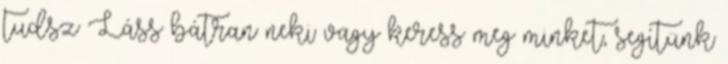
tudsz Láss bátran neki vagy keress meg minket, segítünk